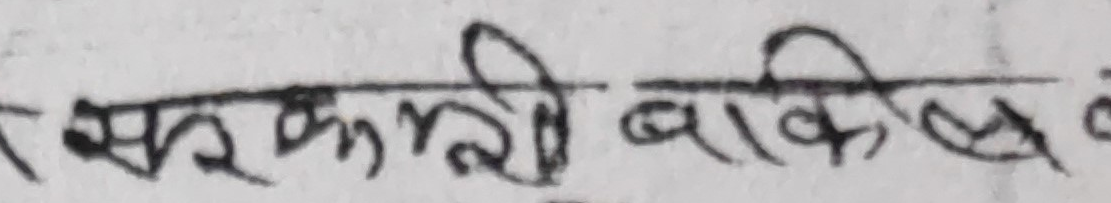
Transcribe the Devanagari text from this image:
र सफकली बाकिल के